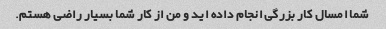
شما امسال کار بزرگی انجام داده اید و من از کار شما بسیار راضی هستم.